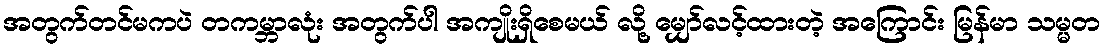
အတွက်တင်မကပဲ တကမ္ဘာလုံး အတွက်ပါ အကျိုးရှိစေမယ် လို့ မျှော်လင့်ထားတဲ့ အကြောင်း မြန်မာ သမ္မတ